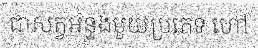
ជាសត្វអន្ទង់មួយប្រភេទ ហៅ